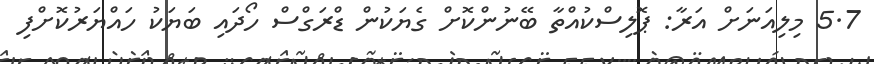
5.7 މިލިއަނަށް އަރާ: ޕޮލިސްކުއްތާ ބޭނުންކޮށް ގެޔަކުން ޑްރަގްސް ހޯދައި ބަޔަކު ހައްޔަރުކޮށްފި